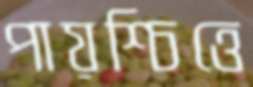
পায়শ্চিত্তে